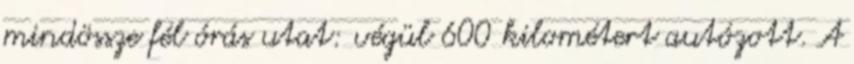
mindössze fél órás utat: végül 600 kilométert autózott. A